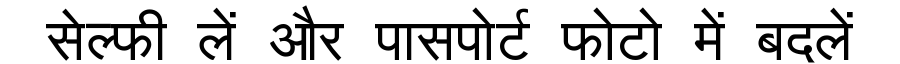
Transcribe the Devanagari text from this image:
सेल्फी लें और पासपोर्ट फोटो में बदलें